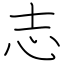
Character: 志